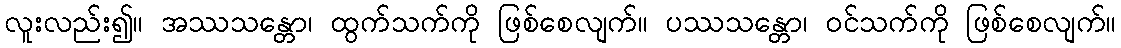
လူးလည်း၍။ အဿသန္တော၊ ထွက်သက်ကို ဖြစ်စေလျက်။ ပဿသန္တော၊ ဝင်သက်ကို ဖြစ်စေလျက်။